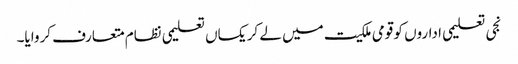
نجی تعلیمی اداروں کو قومی ملکیت میں لے کر یکساں تعلیمی نظام متعارف کروایا۔